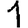
Digit: 1